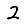
Digit: 2